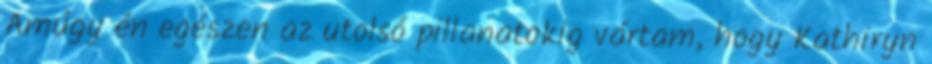
Amúgy én egészen az utolsó pillanatokig vártam, hogy Kathiryn